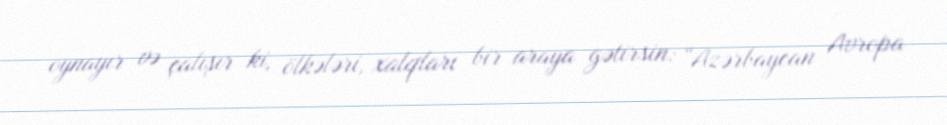
oynayır və çalışır ki, ölkələri, xalqları bir araya gətirsin: “Azərbaycan Avropa